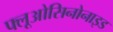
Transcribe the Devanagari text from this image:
फ्लूओसिनोनाइड